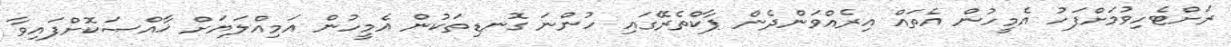
ރަށްޓެހިވުމަށްފަހު އެމީހުން އެތައް އިރެއްވަންދެން ޕާކްތެރޭގައި ހުންނަ ގޮނޑިތަކުން އެމީހުން އަމިއްލަޔަށް ޚާއްޞަކޮށްފައިވާ